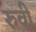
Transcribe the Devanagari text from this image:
रुवी